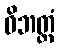
ဝိဘတ္တံ